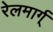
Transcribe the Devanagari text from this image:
रेलमार्ग्